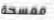
ممسحة